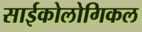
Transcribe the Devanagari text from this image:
साईकोलोगिकल